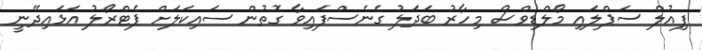
ފިއުލް ސަޕްލައި މޯލްޑިވްސް މިހާރު ބަދަލު ގެނެސްފައިވާ ގޮތުން ސައިކަލަށް ޕެޓްރޯލު އަޅައިދޭނީ